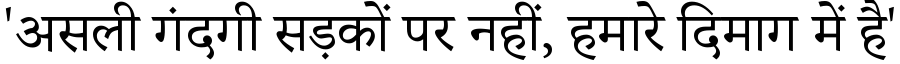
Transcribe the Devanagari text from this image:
'असली गंदगी सड़कों पर नहीं, हमारे दिमाग में है'